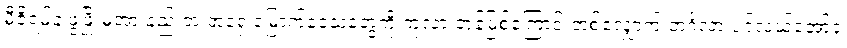
မီဇိုရမ်နဲ့ ဖွံဖြိုးမှုအားနည်းတဲ့ အရှေ့မြောက်ဒေသတွေကို ကုလားတန်မြစ်ကြောင်းတစ်လျှောက် ဘင်္ဂလားပင်လယ်အော်နဲ့